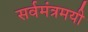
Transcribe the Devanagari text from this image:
सर्वमंत्रमयी